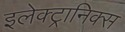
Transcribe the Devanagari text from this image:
इलेक्‍ट्रानिक्‍स